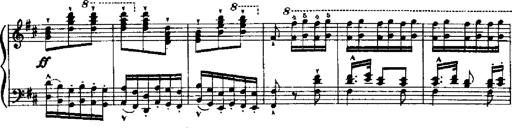
Title: RÃ©miniscences de Robert le diable
Composer: Franz Liszt